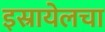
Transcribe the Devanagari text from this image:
इस्रायेलचा